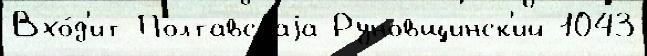
Вхо́д'ит Полтавскаjа Руновщинск'ий 1043